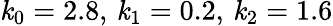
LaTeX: \mathit{k}_{0}=2.8,\, \mathit{k}_{1}=0.2,\, \mathit{k}_{2}=1.6